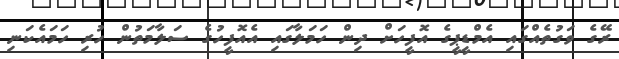
ރޭގެ ވަގުތެއްގައި އެމްޑީޕީގެ އޮފީހަށް ދިން ހަމަލާގައި އެއޮފީހުގެ ސަލާމަތުން ހުރި ހަމައެކަނި